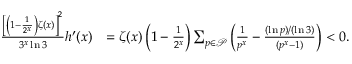
\begin{array} { r l } { \frac { \left[ \left( 1 - \frac { 1 } { 2 ^ { x } } \right) \zeta ( x ) \right] ^ { 2 } } { 3 ^ { x } \ln 3 } h ^ { \prime } ( x ) } & { = \zeta ( x ) \left( 1 - \frac { 1 } { 2 ^ { x } } \right) \sum _ { p \in \mathcal { P } } \left( \frac { 1 } { p ^ { x } } - \frac { ( \ln p ) / ( \ln 3 ) } { ( p ^ { x } - 1 ) } \right) < 0 . } \end{array}